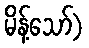
မိန့်သော်)